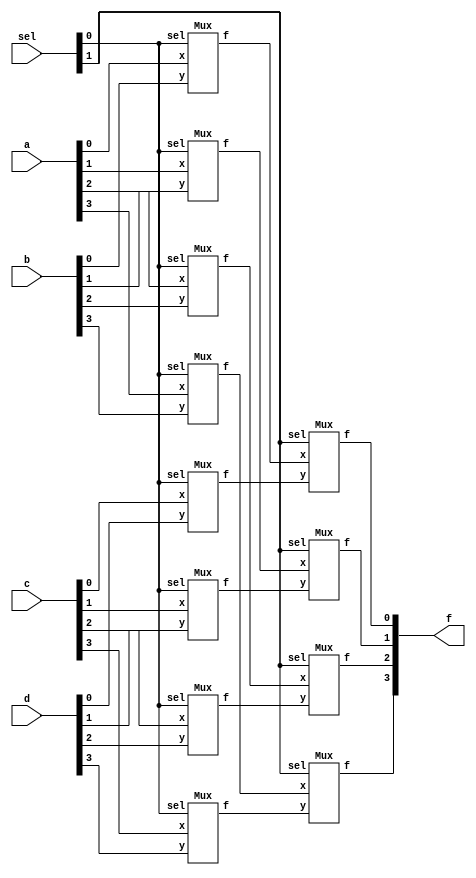
`timescale 1ns/1ps

module Mux_4x1_4bit(a, b, c, d, sel, f);
input [3:0] a, b, c, d;
input [1:0] sel;
output [3:0] f;

wire [3:0]tmp_x,tmp_y;

Mux mux0[3:0](a, b, sel[0], tmp_x);
Mux mux1[3:0](c, d, sel[0], tmp_y);
Mux mux2[3:0](tmp_x, tmp_y, sel[1], f);

endmodule

module Mux(x, y, sel, f);
input x, y;
input sel;
output f;

wire neg_sel;
wire tmp_x, tmp_y;

not n0(neg_sel, sel);

and and0(tmp_x, x, neg_sel);
and and1(tmp_y, y, sel);

or or0(f, tmp_x, tmp_y);

endmodule